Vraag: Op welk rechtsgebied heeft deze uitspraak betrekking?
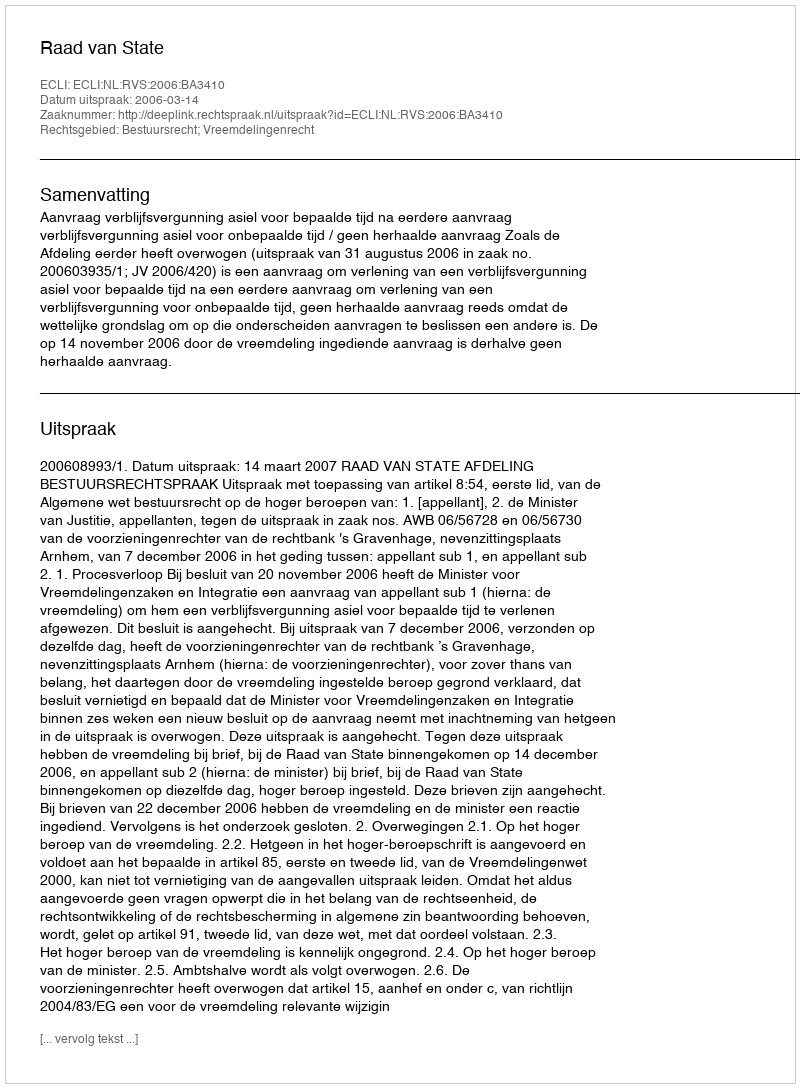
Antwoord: Bestuursrecht; Vreemdelingenrecht